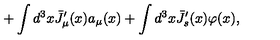
+ \int d ^ { 3 } x { \bar { J } } _ { \mu } ^ { \prime } ( x ) a _ { \mu } ( x ) + \int d ^ { 3 } x { \bar { J } } _ { s } ^ { \prime } ( x ) \varphi ( x ) ,